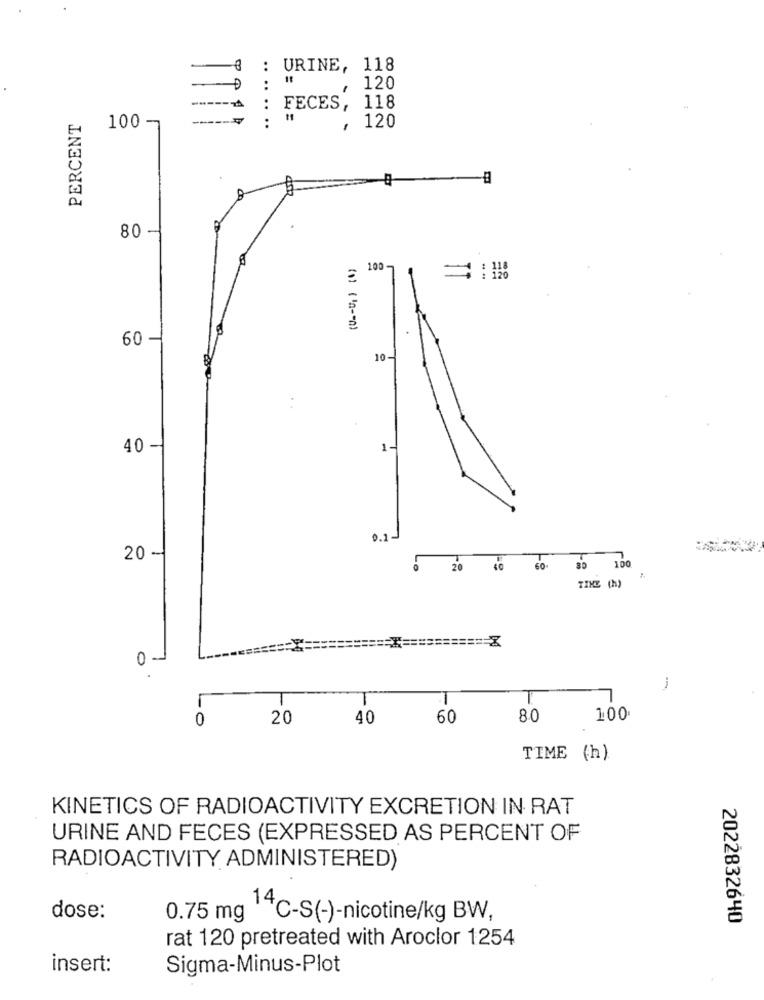
{ : URINE, 118
..
-
120
----- >
: FECES,
118
PERCENT
100-
:
120
80
100-
=: #
( 1) ( 'n- - 0)
60
10
40
1-
0.1
20 -
0 20 40 60 .
80 100
TIKE (h)
0 -
-
T
T
T
-0
20
40
60
80
100
TIME (h)
KINETICS OF RADIOACTIVITY EXCRETION IN RAT
URINE AND FECES (EXPRESSED AS PERCENT OF
RADIOACTIVITY ADMINISTERED)
dose:
0.75 mg 14℃-S(-)-nicotine/kg BW,
2022832640
rat 120 pretreated with Aroclor 1254
insert:
Sigma-Minus-Plot